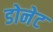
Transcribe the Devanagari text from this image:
डोनेट